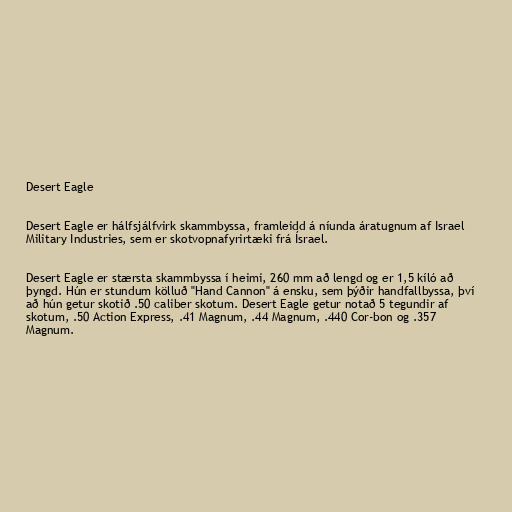
Desert Eagle

Desert Eagle er hálfsjálfvirk skammbyssa, framleidd á níunda áratugnum af Israel
Military Industries, sem er skotvopnafyrirtæki frá Ísrael.

Desert Eagle er stærsta skammbyssa í heimi, 260 mm að lengd og er 1,5 kíló að
þyngd. Hún er stundum kölluð "Hand Cannon" á ensku, sem þýðir handfallbyssa, því
að hún getur skotið .50 caliber skotum. Desert Eagle getur notað 5 tegundir af
skotum, .50 Action Express, .41 Magnum, .44 Magnum, .440 Cor-bon og .357
Magnum.